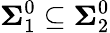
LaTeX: \mathbf{\Sigma}_{1}^{0}\subseteq\mathbf{\Sigma}_{2}^{0}